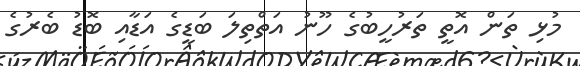
މުޅި ތަން އޮތީ ތަރުހީބުގެ ހޫނު އަތްތިލަ ބަޑީގެ އަޑާއި ބޮޑު ބެރުގެ